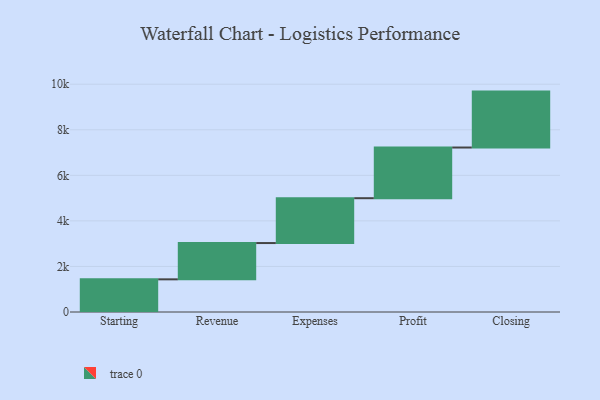
{"axis": {"x": "Step", "y": "Value"}, "legend": [""], "data": [{"x": "Starting", "y": 1434.0, "type": ""}, {"x": "Revenue", "y": 1593.0, "type": ""}, {"x": "Expenses", "y": 1969.0, "type": ""}, {"x": "Profit", "y": 2225.0, "type": ""}, {"x": "Closing", "y": 2455.0, "type": ""}]}